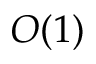
O ( 1 )